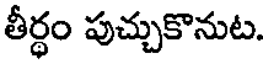
తీర్ధం పుచ్చుకొనుట.